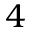
4